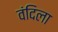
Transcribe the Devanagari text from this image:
वंदिला